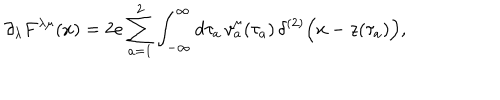
\partial _ { \lambda } F ^ { \lambda \mu } ( x ) = 2 e \sum _ { a = 1 } ^ { 2 } \int _ { - \infty } ^ { \infty } d \tau _ { a } \, { v } _ { a } ^ { \mu } ( \tau _ { a } ) \, \delta ^ { ( 2 ) } \Bigl ( x - z ( \tau _ { a } ) \Bigr ) ,